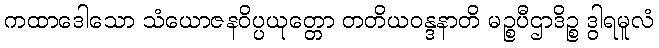
ကထာဒေါသော သံယောဇနဝိပ္ပယုတ္တော တတိယဝန္ဒနာတိ မဉ္စပီဌာဒိဉ္စ ဒွါရမူလံ